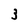
Character: 3